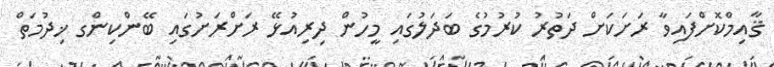
ޤާއިމްކޮށްފައިވާ ރަށަކަށް ދަތުރު ކުރުމުގެ ބަދަލުގައި މީހުން ދިރިއުޅޭ ރަށްރަށުގައި ބޭންކިންގ ޚިދުމަތް